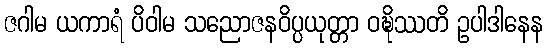
ဇဂါမ ယကာရံ ပိဝါမ သညောဇနဝိပ္ပယုတ္တာ ဝဍ္ဎိဿတိ ဥပါဒါနေန